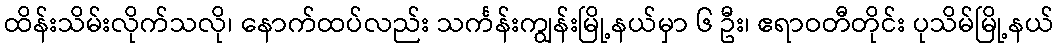
ထိန်းသိမ်းလိုက်သလို၊ နောက်ထပ်လည်း သင်္ကန်းကျွန်းမြို့နယ်မှာ ၆ ဦး၊ ဧရာဝတီတိုင်း ပုသိမ်မြို့နယ်